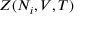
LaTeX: Z ( N _ { i } , V , T )